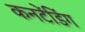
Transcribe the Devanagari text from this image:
कनटेंडिंग